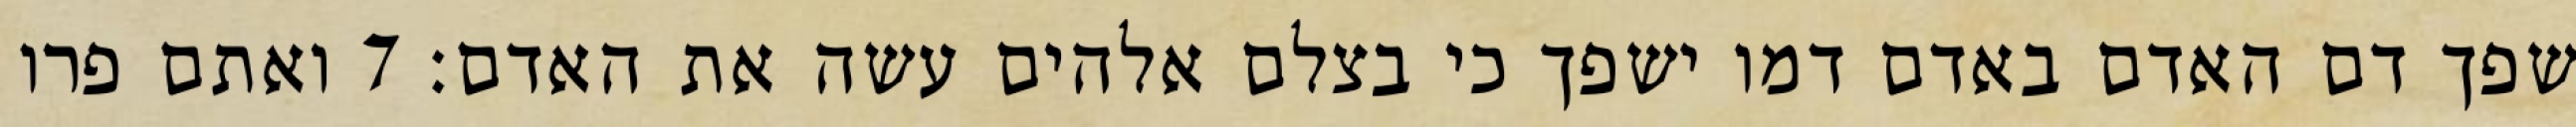
שפך דם האדם באדם דמו ישפך כי בצלם אלהים עשה את האדם׃ ‎7‏ ואתם פרו